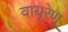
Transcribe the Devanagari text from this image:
वायूरेणू